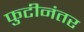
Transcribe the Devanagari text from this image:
फुटीनंतर